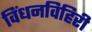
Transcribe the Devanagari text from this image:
विंधनविहिरी